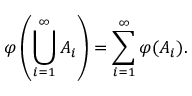
\varphi \left( \bigcup _ { i = 1 } ^ { \infty } A _ { i } \right) = \sum _ { i = 1 } ^ { \infty } \varphi ( A _ { i } ) .